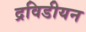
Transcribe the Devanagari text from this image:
द्रविडीयन